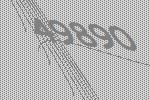
49890